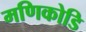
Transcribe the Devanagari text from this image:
मणिकोडि